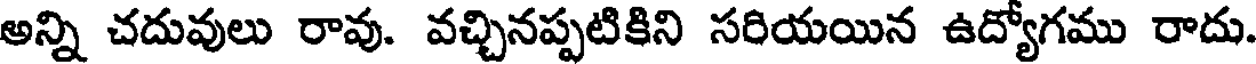
అన్ని చదువులు రావు. వచ్చినప్పటికిని సరియయిన ఉద్యోగము రాదు.